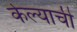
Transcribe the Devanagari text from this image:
केेल्याची